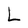
Character: L